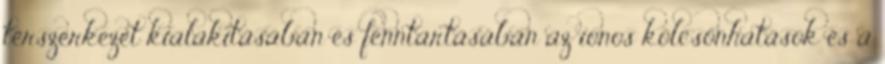
térszerkezet kialakításában és fenntartásában az ionos kölcsönhatások és a